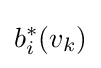
b_{i}^{*}(v_{k})